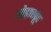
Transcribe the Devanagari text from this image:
खेड़ाखूंट